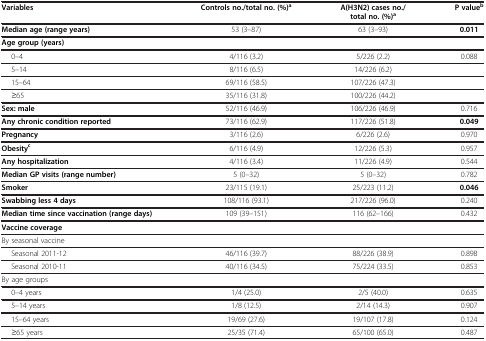
<table><thead><tr><td><b>Variables</b></td><td><b>Controls no./total no. (%)<sup>a</sup></b></td><td><b>A(H3N2) cases no./total no. (%)<sup>a</sup></b></td><td><b>P value<sup>b</sup></b></td></tr></thead><tbody><tr><td><b>Median age (range years)</b></td><td>53 (3–87)</td><td>63 (3–93)</td><td><b>0.011</b></td></tr><tr><td><b>Age group (years)</b></td><td> </td><td> </td><td> </td></tr><tr><td>0–4</td><td>4/116 (3.2)</td><td>5/226 (2.2)</td><td>0.088</td></tr><tr><td>5–14</td><td>8/116 (6.5)</td><td>14/226 (6.2)</td><td> </td></tr><tr><td>15–64</td><td>69/116 (58.5)</td><td>107/226 (47.3)</td><td> </td></tr><tr><td>≥65</td><td>35/116 (31.8)</td><td>100/226 (44.2)</td><td> </td></tr><tr><td><b>Sex: male</b></td><td>52/116 (46.9)</td><td>106/226 (46.9)</td><td>0.716</td></tr><tr><td><b>Any chronic condition reported</b></td><td>73/116 (62.9)</td><td>117/226 (51.8)</td><td><b>0.049</b></td></tr><tr><td><b>Pregnancy</b></td><td>3/116 (2.6)</td><td>6/226 (2.6)</td><td>0.970</td></tr><tr><td><b>Obesity</b><sup><b>c</b></sup></td><td>6/116 (4.9)</td><td>12/226 (5.3)</td><td>0.957</td></tr><tr><td><b>Any hospitalization</b></td><td>4/116 (3.4)</td><td>11/226 (4.9)</td><td>0.544</td></tr><tr><td><b>Median GP visits (range number)</b></td><td>5 (0–32)</td><td>5 (0–32)</td><td>0.782</td></tr><tr><td><b>Smoker</b></td><td>23/115 (19.1)</td><td>25/223 (11.2)</td><td><b>0.046</b></td></tr><tr><td><b>Swabbing less 4 days</b></td><td>108/116 (93.1)</td><td>217/226 (96.0)</td><td>0.240</td></tr><tr><td><b>Median time since vaccination (range days)</b></td><td>109 (39–151)</td><td>116 (62–166)</td><td>0.432</td></tr><tr><td><b>Vaccine coverage</b></td><td> </td><td> </td><td> </td></tr><tr><td>By seasonal vaccine</td><td> </td><td> </td><td> </td></tr><tr><td>Seasonal 2011-12</td><td>46/116 (39.7)</td><td>88/226 (38.9)</td><td>0.898</td></tr><tr><td>Seasonal 2010-11</td><td>40/116 (34.5)</td><td>75/224 (33.5)</td><td>0.853</td></tr><tr><td>By age groups</td><td> </td><td> </td><td> </td></tr><tr><td>0–4 years</td><td>1/4 (25.0)</td><td>2/5 (40.0)</td><td>0.635</td></tr><tr><td>5–14 years</td><td>1/8 (12.5)</td><td>2/14 (14.3)</td><td>0.907</td></tr><tr><td>15–64 years</td><td>19/69 (27.6)</td><td>19/107 (17.8)</td><td>0.124</td></tr><tr><td>≥65 years</td><td>25/35 (71.4)</td><td>65/100 (65.0)</td><td>0.487</td></tr></tbody></table>